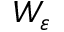
W _ { \varepsilon }